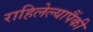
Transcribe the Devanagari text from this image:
राहिलेल्यापैंकी